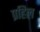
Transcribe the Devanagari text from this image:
प्रहिल